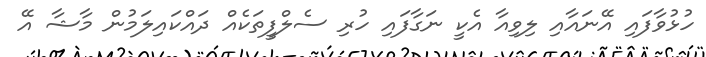
ހުޅުވާފައި އޭނައާއި ލިވިއާ އެކީ ނަގާފައި ހުރި ސެލްފީތަކެއް ދައްކައިލަމުން މާޝާ އޭ